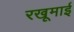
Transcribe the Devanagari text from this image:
रखूमाई